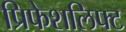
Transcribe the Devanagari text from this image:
प्रिफेशलिफ्ट